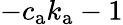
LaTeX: -c_{\mathrm{a}}k_{\mathrm{a}}-1